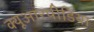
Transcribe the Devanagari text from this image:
क्यूआरपीडिया